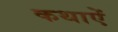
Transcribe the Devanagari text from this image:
कथाऐं